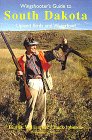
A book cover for Wingshooter's Guide to South Dakota (Wingshooter's Guides); Ben Williams; Travel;